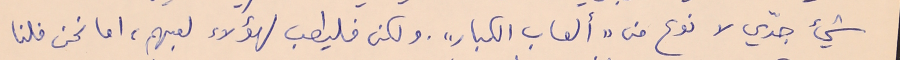
شيء جدّي لا نوع من "ألعاب الكبار". ولكن فليطلب لهؤلاء لعبهم، اما نحن فلنا